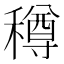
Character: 𥢎